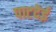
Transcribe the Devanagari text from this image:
पाटदेई